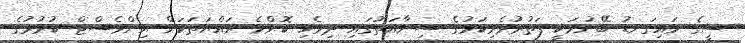
ސީގެ މައިގަނޑު ބޭނުމަކީ ފަތުރުވެރިކަމުގެ ސިނާއަތުގައި ދިވެހި ކޮންމެ ރައްޔަތަކަށް އިންވެސްޓް ކުރުމުގެ